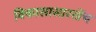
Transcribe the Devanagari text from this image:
विकासासारखेंच